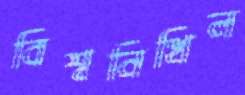
বিশ্বনিখিল